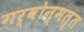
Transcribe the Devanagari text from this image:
गर्वोन्मत्त